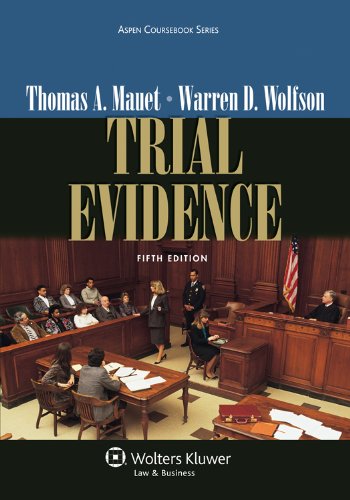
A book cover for Trial Evidence, Fifth Edition (Aspen Coursebooks); Thomas A. Mauet; Law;